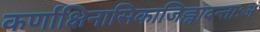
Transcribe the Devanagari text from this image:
कर्णाक्षिनासिकाजिह्लादन्ताःअ